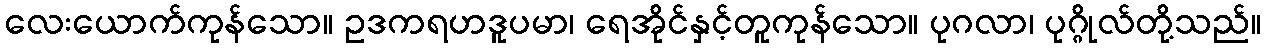
လေးယောက်ကုန်သော။ ဥဒကရဟဒူပမာ၊ ရေအိုင်နှင့်တူကုန်သော။ ပုဂလာ၊ ပုဂ္ဂိုလ်တို့သည်။